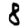
Digit: 8